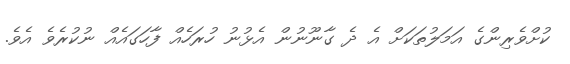
ކުށްވެރިންގެ އަމަލުތަކަށް އެ ދެ ގާނޫނުން އެޅުނު ހުރަހެއް ފާހަގައެއް ނުކުރެވެ އެވެ.